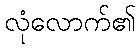
လုံလောက်၏